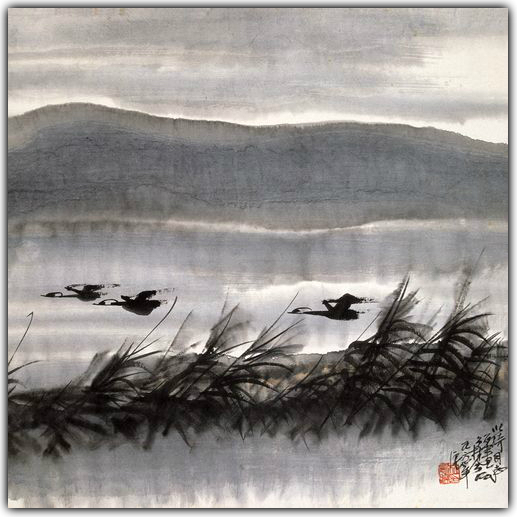
月落沙平江似练。望尽芦花无雁。